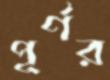
পূর্ণর